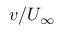
v / U _ { \infty }